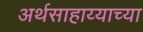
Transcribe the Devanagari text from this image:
अर्थसाहाय्याच्या